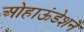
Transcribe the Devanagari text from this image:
ओहाऊंडेशन